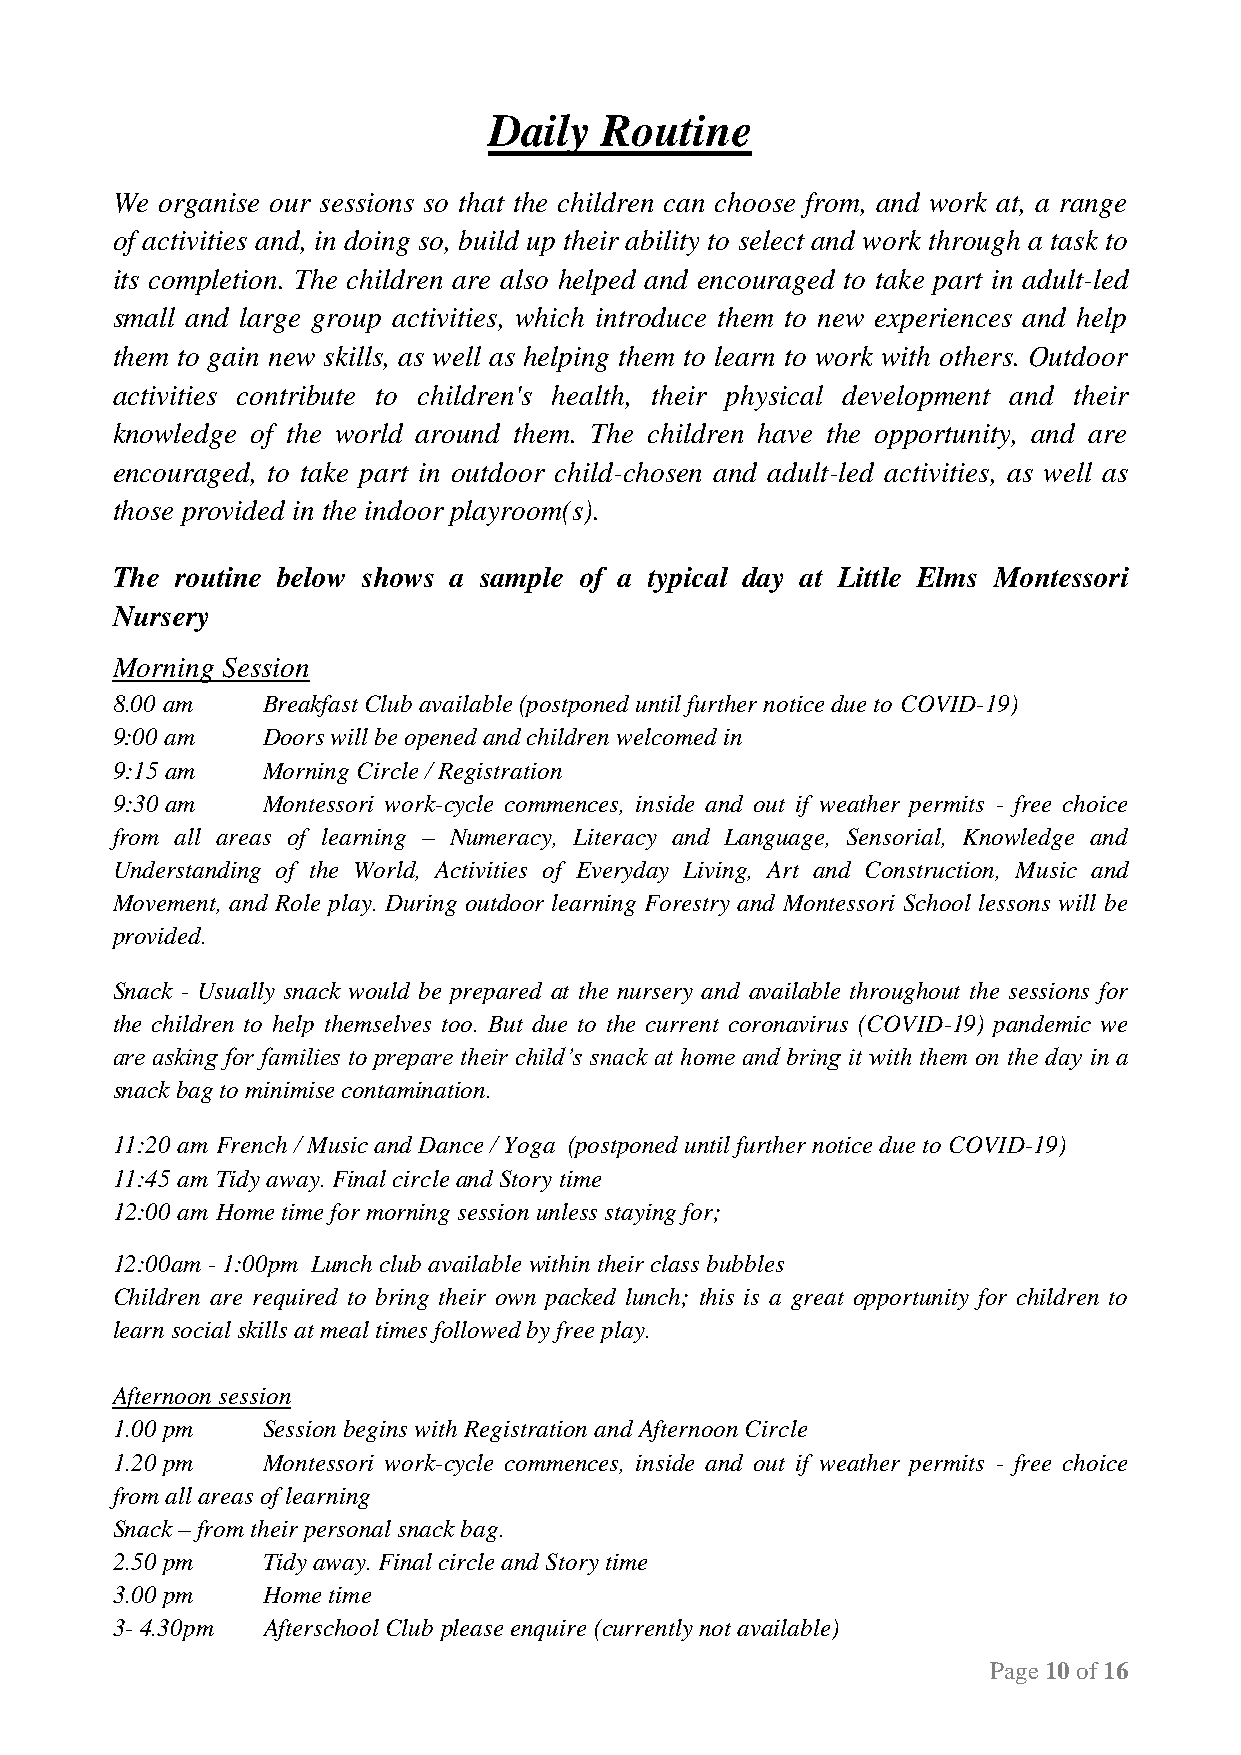
Daily   Routine
 We organise our sessions so that the children can choose from, and work at, a range
 of activities and, in doing so, build up their ability to select and work through a task to
 its completion. The children are also helped and encouraged to take part in adult-led
 small and large group activities, which introduce them to new experiences and help
 them to gain new skills, as well as helping them to learn to work with others. Outdoor
 activities contribute to children's health, their physical development and their
 knowledge of the world around them. The children have the opportunity, and are
 encouraged, to take part in outdoor child-chosen and adult-led activities, as well as
 those provided in the indoor playroom(s).
 The  routine below shows a sample of a typical day at Little Elms Montessori
 Nursery
 Morning Session
 8.00 am   Breakfast Club available (postponed until further notice due to COVID-19)
 9:00 am   Doors will be opened and children welcomed in
 9:15 am   Morning Circle / Registration
 9:30 am   Montessori work-cycle commences, inside and out if weather permits - free choice
 from all areas of learning – Numeracy, Literacy and Language, Sensorial, Knowledge and
 Understanding of the World, Activities of Everyday Living, Art and Construction, Music and
 Movement, and Role play. During outdoor learning Forestry and Montessori School lessons will be
 provided.
 Snack - Usually snack would be prepared at the nursery and available throughout the sessions for
 the children to help themselves too. But due to the current coronavirus (COVID-19) pandemic we
 are asking for families to prepare their child’s snack at home and bring it with them on the day in a
 snack bag to minimise contamination.
 11:20 am French / Music and Dance / Yoga (postponed until further notice due to COVID-19)
 11:45 am Tidy away. Final circle and Story time
 12:00 am Home time for morning session unless staying for;
 12:00am - 1:00pm Lunch club available within their class bubbles
 Children are required to bring their own packed lunch; this is a great opportunity for children to
 learn social skills at meal times followed by free play.
 Afternoon session
 1.00 pm   Session begins with Registration and Afternoon Circle
 1.20 pm   Montessori work-cycle commences, inside and out if weather permits - free choice
 from all areas of learning
 Snack – from their personal snack bag.
 2.50 pm   Tidy away. Final circle and Story time
 3.00 pm   Home time
 3- 4.30pm Afterschool Club please enquire (currently not available)
 Page 10 of 16